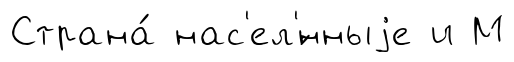
Страна́ нас'ел'́нныjе и М